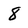
Character: 8